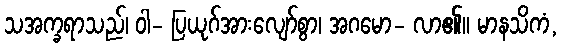
သအက္ခရာသည်၊ ဝါ- ပြယုဂ်အားလျော်စွာ၊ အဂမော- လာ၏။ မာနသိကံ,